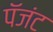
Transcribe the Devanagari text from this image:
पॅजंट